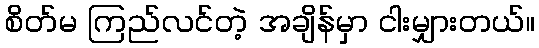
စိတ်မ ကြည်လင်တဲ့ အချိန်မှာ ငါးမျှားတယ်။